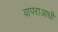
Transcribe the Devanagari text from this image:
वापराआधी